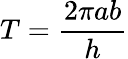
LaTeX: T={\frac{2\pi ab}{h}}